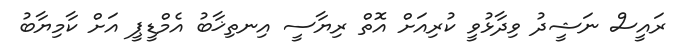
ރައީސް ނަޝީދު ވިދާޅުވީ ކުރިއަށް އޮތް ރިޔާސީ އިނތިޚާބު އެމްޑީޕީ އަށް ކާމިޔާބު